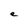
Character: e